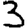
Digit: 3